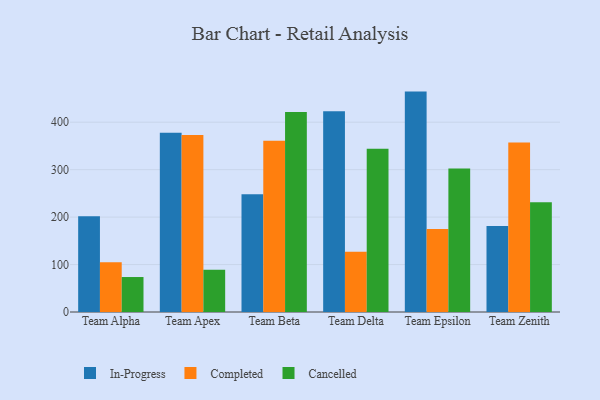
{"axis": {"x": "Team", "y": "Energy Usage (MWh)"}, "legend": ["Cancelled", "Completed", "In-Progress"], "data": [{"x": "Team Alpha", "y": 201.6, "type": "In-Progress"}, {"x": "Team Alpha", "y": 104.9, "type": "Completed"}, {"x": "Team Alpha", "y": 73.7, "type": "Cancelled"}, {"x": "Team Apex", "y": 378.0, "type": "In-Progress"}, {"x": "Team Apex", "y": 373.2, "type": "Completed"}, {"x": "Team Apex", "y": 88.9, "type": "Cancelled"}, {"x": "Team Beta", "y": 248.3, "type": "In-Progress"}, {"x": "Team Beta", "y": 361.0, "type": "Completed"}, {"x": "Team Beta", "y": 421.4, "type": "Cancelled"}, {"x": "Team Delta", "y": 423.3, "type": "In-Progress"}, {"x": "Team Delta", "y": 126.9, "type": "Completed"}, {"x": "Team Delta", "y": 344.3, "type": "Cancelled"}, {"x": "Team Epsilon", "y": 464.5, "type": "In-Progress"}, {"x": "Team Epsilon", "y": 174.7, "type": "Completed"}, {"x": "Team Epsilon", "y": 302.6, "type": "Cancelled"}, {"x": "Team Zenith", "y": 181.2, "type": "In-Progress"}, {"x": "Team Zenith", "y": 357.4, "type": "Completed"}, {"x": "Team Zenith", "y": 231.2, "type": "Cancelled"}]}